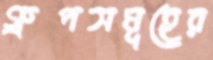
গ্রুপসমূহের